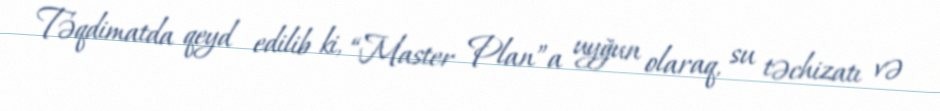
Təqdimatda qeyd edilib ki, “Master Plan”a uyğun olaraq, su təchizatı və